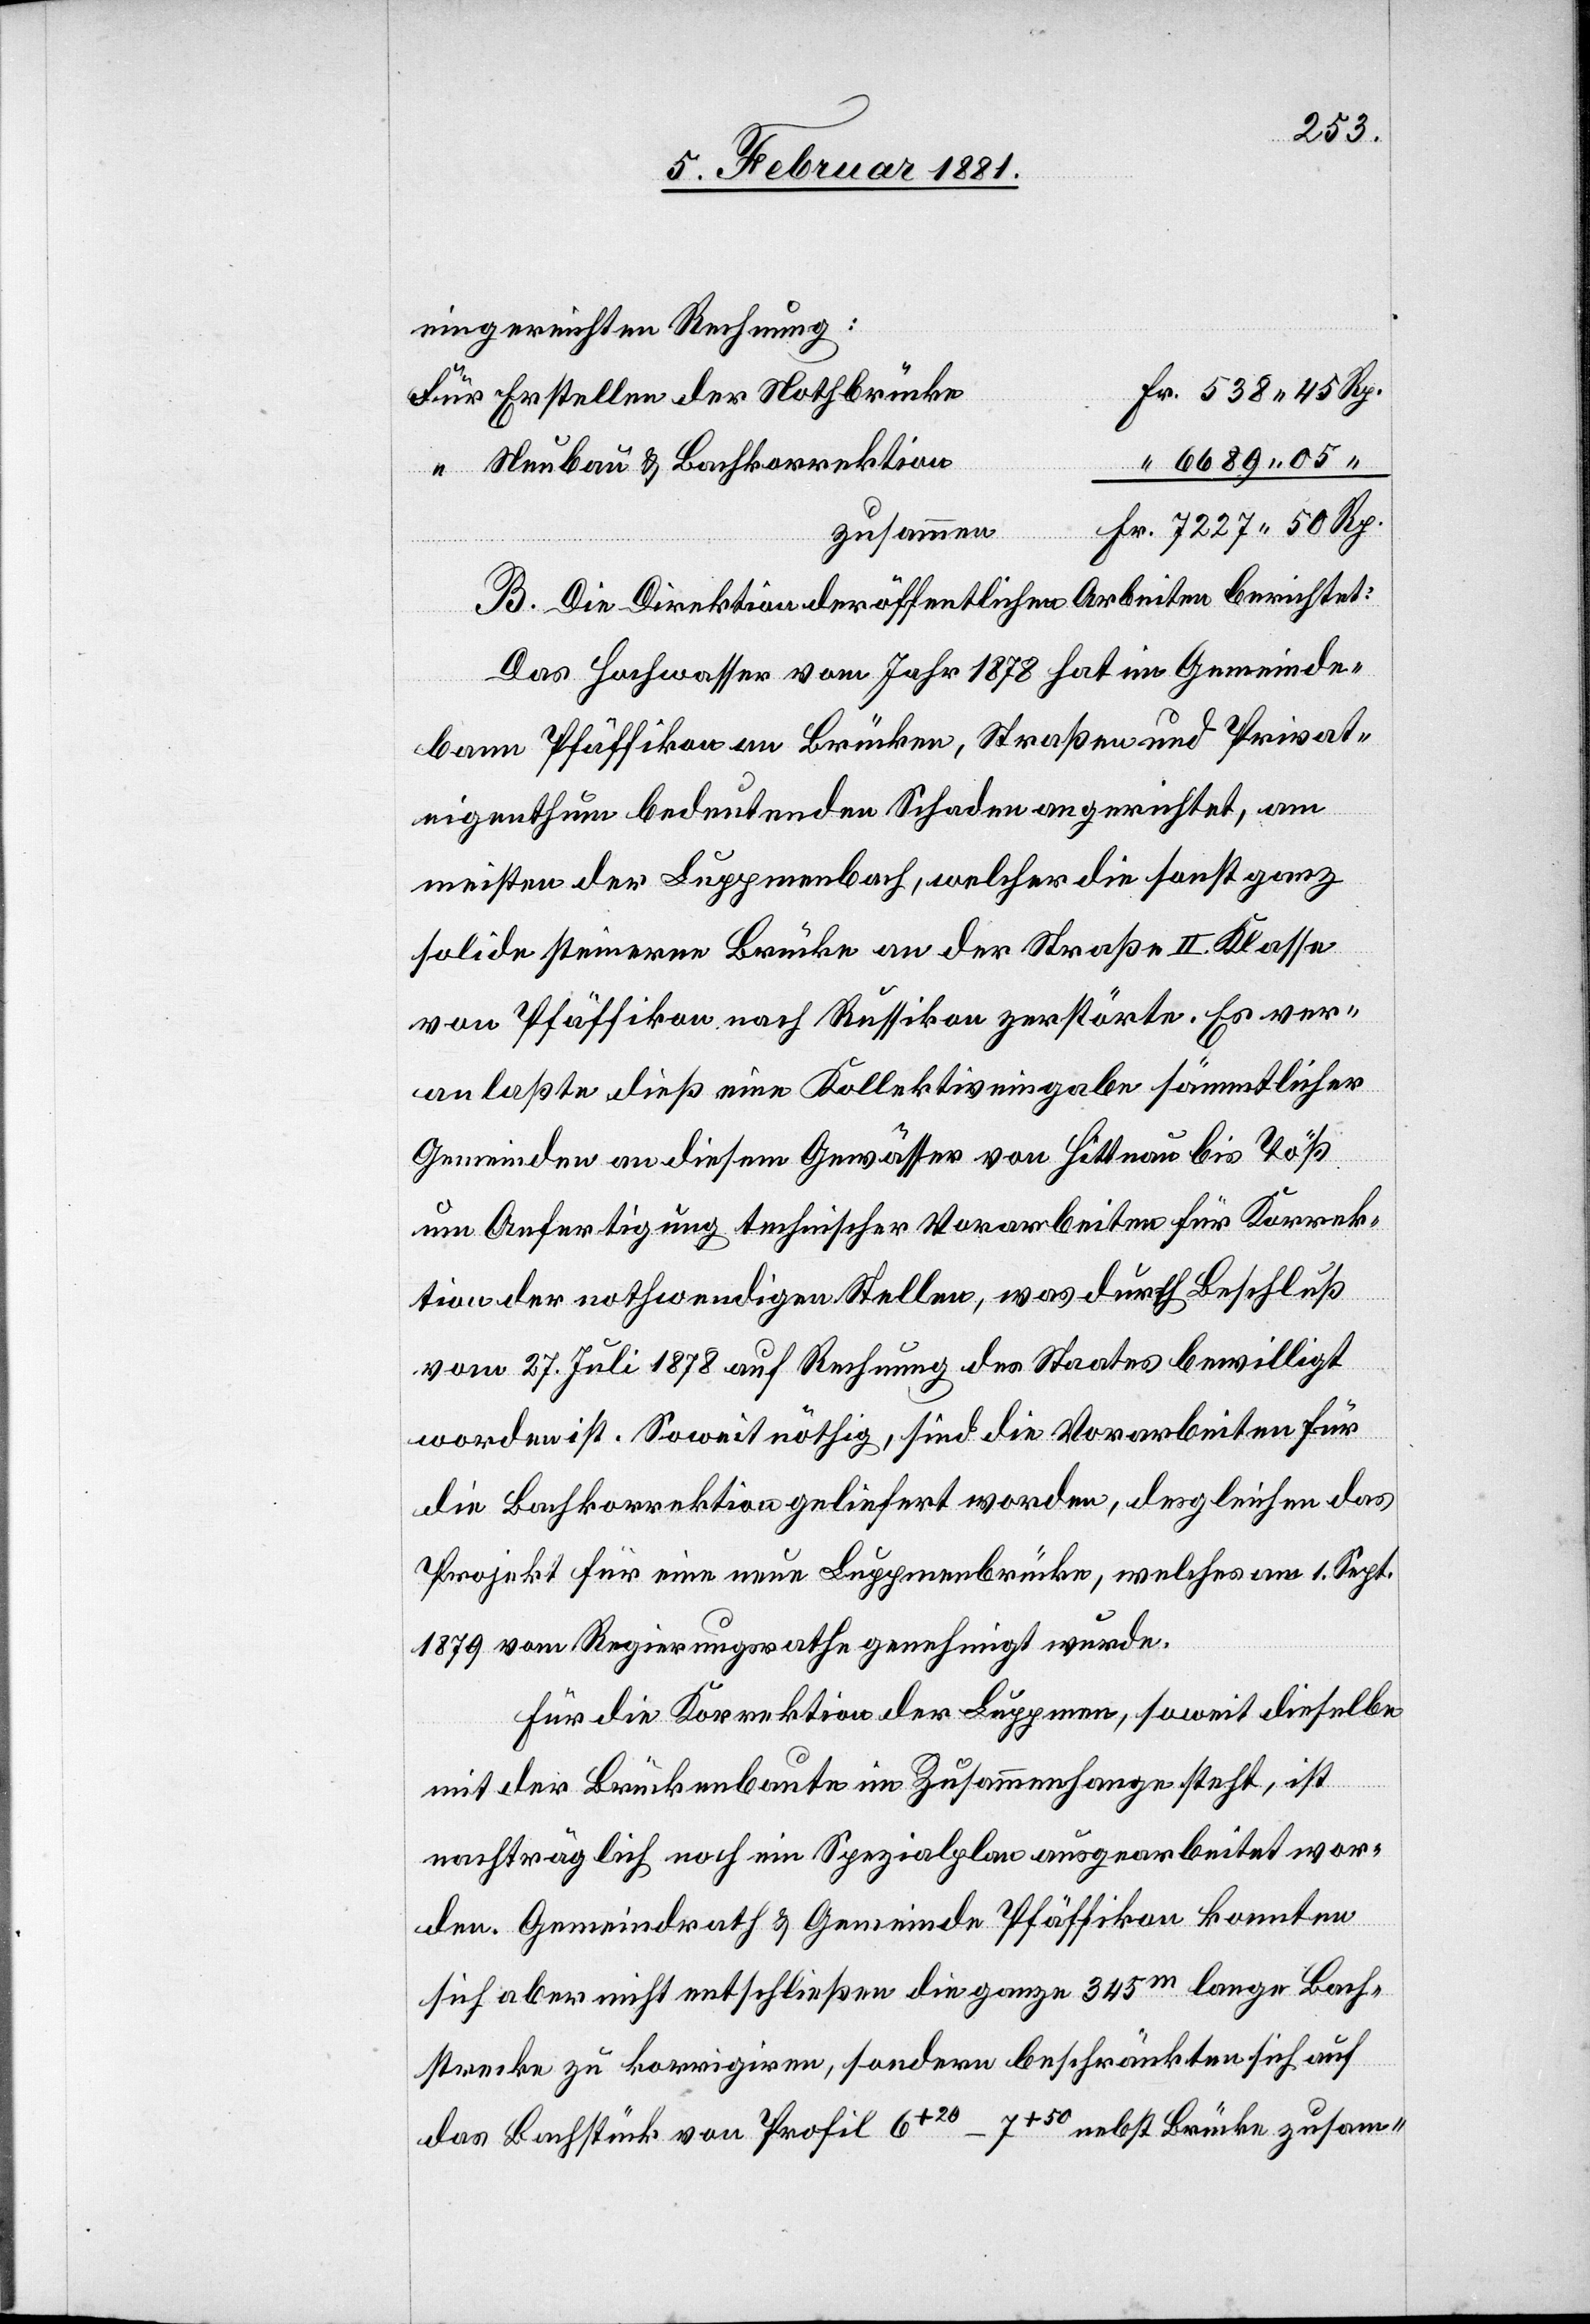
eingereichten Rechnung:
Erstellen der Nothbrücke
Neubau & Bachkorrektion
zusammen
B. Die Direktion der öffentlichen Arbeiten berichtet:
Das Hochwasser vom Jahr 1878 hat im Gemeinde¬
bann Pfäffikon an Brücken, Straßen und Privat¬
eigenthum bedeutenden Schaden angerichtet, am
meisten der Luppmenbach, welcher die sonst ganz
solide steinerne Brücke an der Straße II. Klasse
von Pfäffikon nach Russikon zerstörte. Es ver¬
anlaßte dieß eine Kollektiveingabe sämmtlicher
Gemeinden an diesem Gewässer von Hittnau bis Töß
um Anfertigung technischer Vorarbeiten für Korrek¬
tion der nothwendigen Stellen, was durch Beschluß
vom 27. Juli 1878 auf Rechnung des Staates bewilligt
worden ist. Soweit nöthig, sind die Vorarbeiten für
die Bachkorrektion geliefert worden, desgleichen das
Projekt für eine neue Luppmenbrücke, welches am 2. Sept.
1879 vom Regierungsrathe genehmigt wurde.
Für die Korrektion der Luppmen, soweit dieselbe
mit der Brückenbaute im Zusammenhange steht, ist
nachträglich noch ein Spezialplan ausgearbeitet wor¬
den. Gemeindrath & Gemeinde Pfäffikon konnten
sich aber nicht entschließen die ganze 345m lange Bach¬
strecke zu korrigiren, sondern beschränkten sich auf
das Bachstück von Profil 6+20–7+50 nebst Brücke zusam-